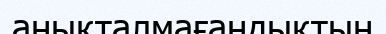
анықталмағандықтың